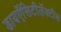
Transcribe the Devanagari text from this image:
डायऍसिटीलॅक्‍टीस